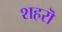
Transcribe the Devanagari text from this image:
शहरॊ